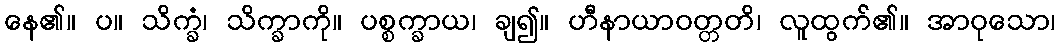
နေ၏။ ပ။ သိက္ခံ၊ သိက္ခာကို။ ပစ္စက္ခာယ၊ ချ၍။ ဟီနာယာဝတ္တတိ၊ လူထွက်၏။ အာဝုသော၊